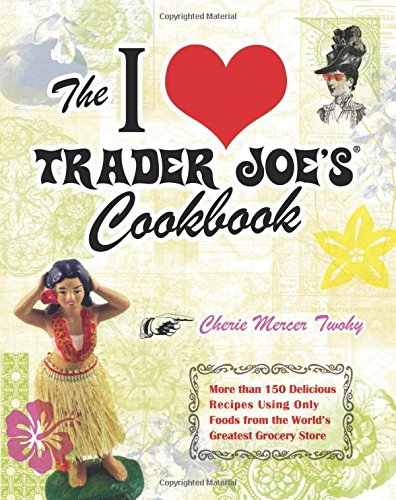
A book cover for The I Love Trader Joe's Cookbook: 150 Delicious Recipes Using Only Foods from the World's Greatest Grocery Store; Cherie Mercer Twohy; Cookbooks, Food & Wine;